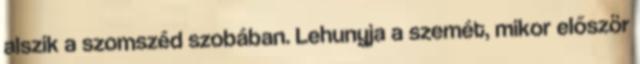
alszik a szomszéd szobában. Lehunyja a szemét, mikor először